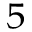
^ 5